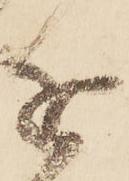
近